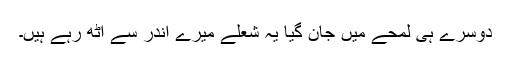
دوسرے ہی لمحے میں جان گیا یہ شعلے میرے اندر سے اٹھ رہے ہیں۔